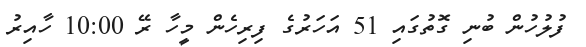
ފުލުހުން ބުނި ގޮތުގައި 51 އަހަރުގެ ފިރިހެން މީހާ ރޭ 10:00 ހާއިރު